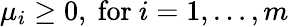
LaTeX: \mu_{i}\geq 0,{\mathrm{~for~}}i=1,\ldots,m